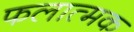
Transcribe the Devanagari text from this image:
फलात्मक